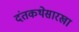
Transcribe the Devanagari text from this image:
दंतकथेसारखा